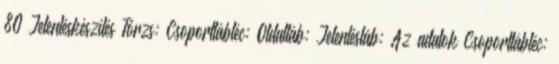
80 Jelentéskészítés Törzs: Csoportlábléc: Oldalláb: Jelentésláb: Az adatok Csoportlábléc: